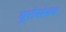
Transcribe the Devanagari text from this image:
यूरोसंसद